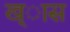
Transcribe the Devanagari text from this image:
ख्ास